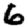
Digit: 6